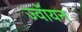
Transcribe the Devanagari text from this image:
ज्वॉयन